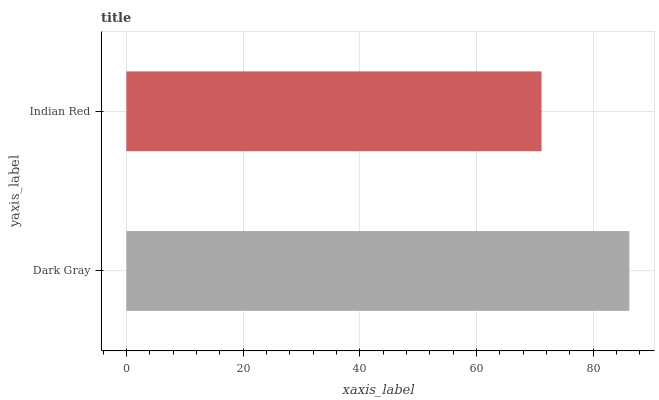
| yaxis_label | bars |
 | --- | --- |
 | Dark Gray | 86.2 |
 | Indian Red | 71.2 |